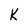
Character: K